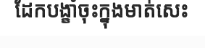
ដែកបង្ខាំចុះក្នុងមាត់សេះ